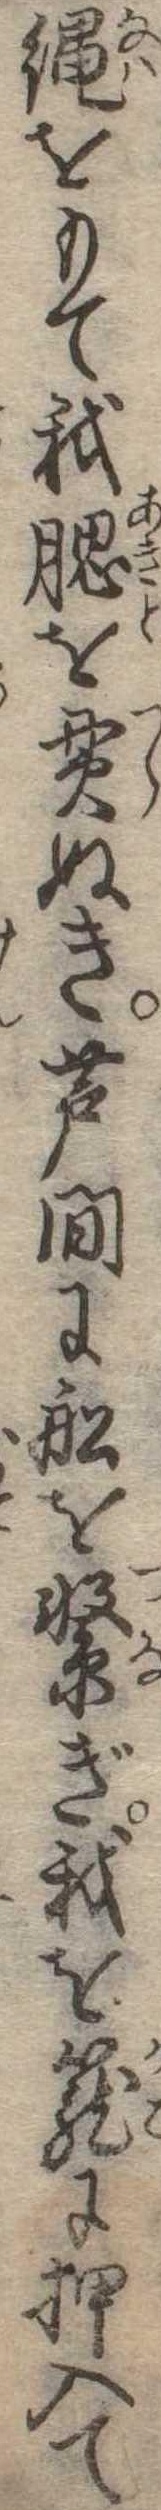
縄をもて我腮を貫ぬき芦間に船を繋ぎ我を篭に押入て